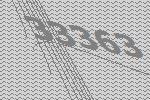
33363